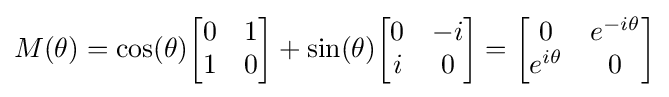
M(\theta )=\cos(\theta ){\begin{bmatrix}0&1\\1&0\end{bmatrix}}+\sin(\theta ){\begin{bmatrix}0&-i\\i&0\end{bmatrix}}={\begin{bmatrix}0&e^{-i\theta }\\e^{i\theta }&0\end{bmatrix}}